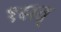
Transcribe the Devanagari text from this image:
१सत्